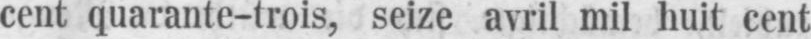
cent quarante-trois, seize avril mil huit cent